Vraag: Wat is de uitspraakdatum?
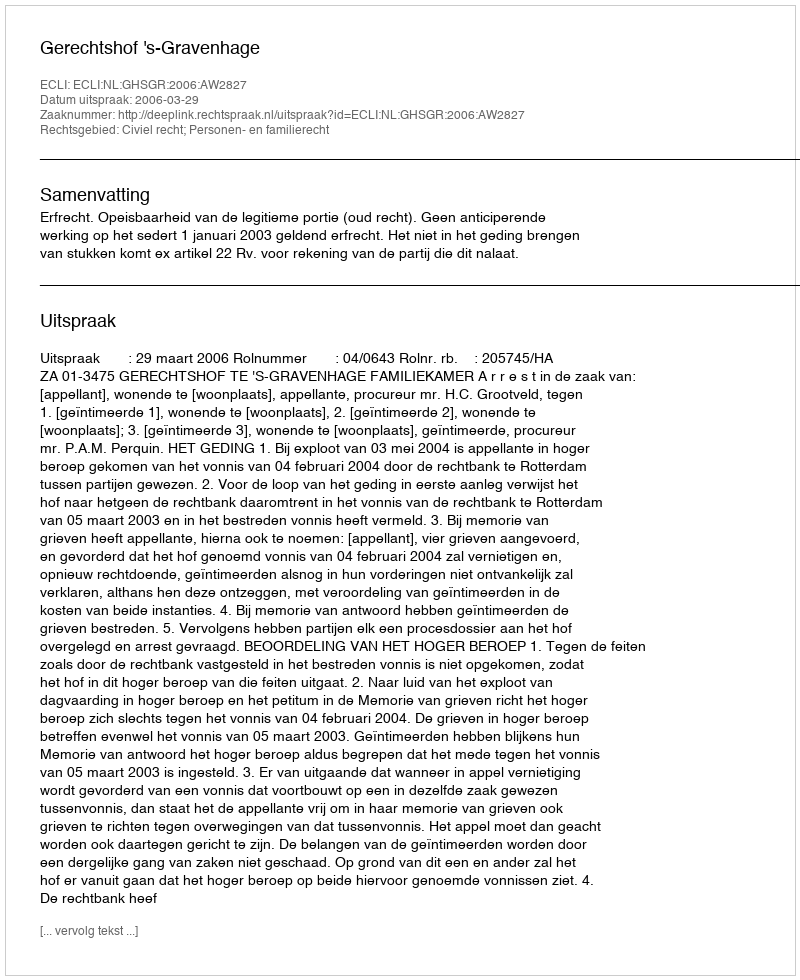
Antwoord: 2006-03-29